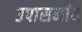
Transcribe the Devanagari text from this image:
उपासनीय